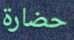
حضارة